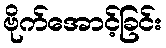
ဗိုက်အောင့်ခြင်း